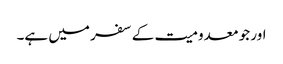
اور جو معدومیت کے سفر میں ہے۔